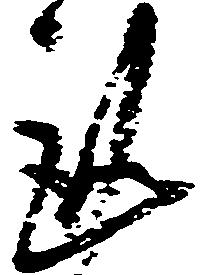
謹